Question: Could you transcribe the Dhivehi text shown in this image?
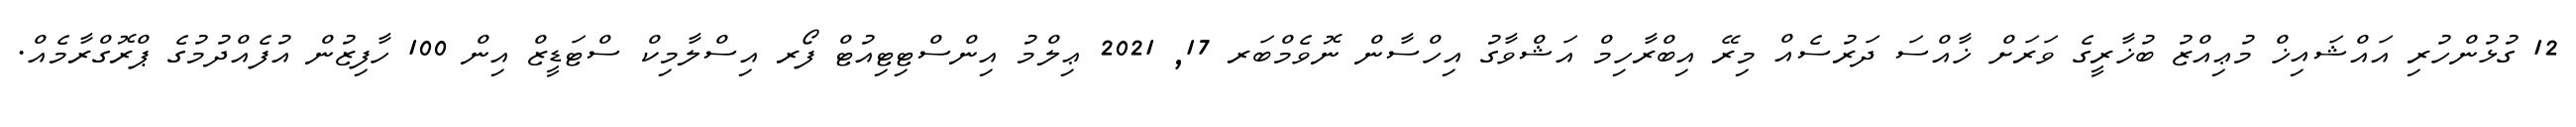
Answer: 12 ގުޅުންހުރި އައްޝައިޚް މުޢިއްޒު ބުޚާރީގެ ވަރަށް ޚާއްސަ ދަރުސެއް މިރޭ އިބްރާހިމް އަޝްވާގު އިހްސާން ނޮވެމްބަރ 17, 2021 ޢިލްމު އިންސްޓިޓިއުޓް ފޯރ އިސްލާމިކް ސްޓަޑީޒް އިން 100 ހާފިޒުން އުފެއްދުމުގެ ޕްރޮގްރާމެއް.